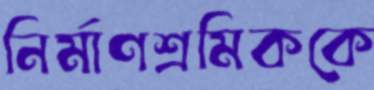
নির্মাণশ্রমিককে